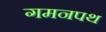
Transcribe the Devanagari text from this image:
गमनपथ